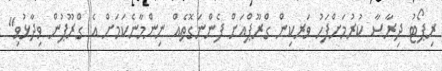
ރިޕޯޓު ދިރާސާ ކުރުމަށްފަހު ވަރކިން ގްރޫޕްއަށް ފެންނަގޮތެއް ނިންމާނެކަމަށް އެ ގްރޫޕުން ވިދާޅުވި"